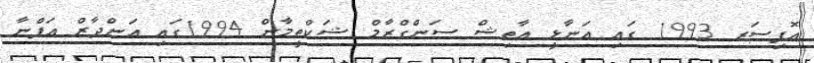
އޮފިސަރ 1993 ގައި އަނާޅީ އާތިޝް ސަންގްރާމް ޝަކްތީމާން 1994ގައި އަންދާޒް އަޕްނާ